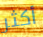
أكثر